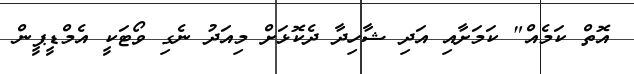
އޮތް ކަމެއް" ކަމަށާއި އަދި ޝާހިދާ ދެކޮޅަށް މިއަދު ނެގި ވޯޓަކީ އެމްޑީޕީން